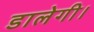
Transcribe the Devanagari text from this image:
डालेगी।